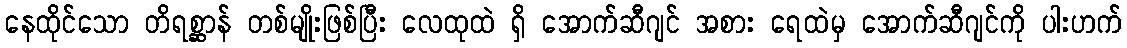
နေထိုင်သော တိရစ္ဆာန် တစ်မျိုးဖြစ်ပြီး လေထုထဲ ရှိ အောက်ဆီဂျင် အစား ရေထဲမှ အောက်ဆီဂျင်ကို ပါးဟက်